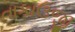
તાકાઉજી